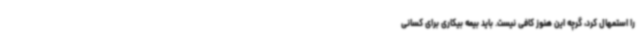
را استمهال کرد، گرچه این هنوز کافی نیست. باید بیمه بیکاری برای کسانی